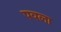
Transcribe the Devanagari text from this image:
पवला